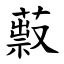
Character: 䔴